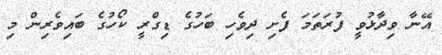
އޭނާ ވިދާޅުވީ ފުރަތަމަ ފެށި ދިވެހި ބަހުގެ ޑިގްރީ ކޯހުގެ ބައިވެރިން މި